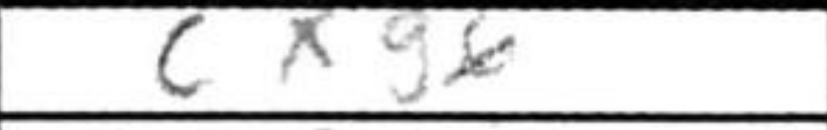
Transcription: cxg6